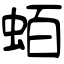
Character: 蛨